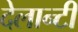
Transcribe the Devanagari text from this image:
देलान्टी